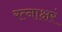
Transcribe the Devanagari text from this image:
रत्‍नाक्षरं